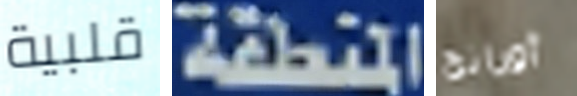
قلبية المنطقة أورانج